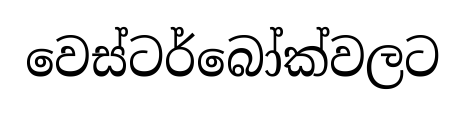
වෙස්ටර්බෝක්වලට